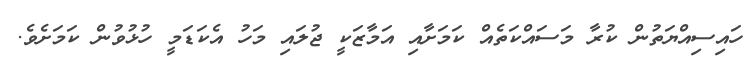
ހައިސިއްޔަތުން ކުރާ މަސައްކަތެއް ކަމަށާއި އަމާޒަކީ ޖުލައި މަހު އެކަޑަމީ ހުޅުވުން ކަމަށެވެ.